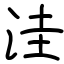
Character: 洼